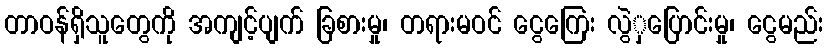
တာဝန်ရှိသူတွေကို အကျင့်ပျက် ခြစားမှု၊ တရားမဝင် ငွေကြေး လွဲှပြောင်းမှု၊ ငွေမည်း